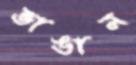
ভাঙান